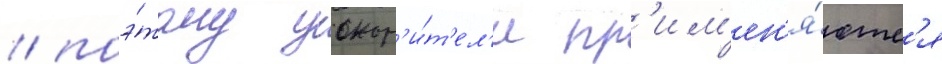
/ поэ́тому ускор'и́т'ел'и пр'им'ен'я́ютс'я